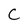
Character: C